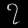
Digit: ၇